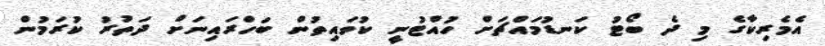
އެމެރިކާގެ މި ދެ ބޯޓު ކަނޑުމައްޗަށް ހުއްޓުނީ ކުވައިތުން ބަހްރައިނަށް ދަތުރު ކުރަމުން